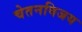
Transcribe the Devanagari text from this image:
चेतनविजय